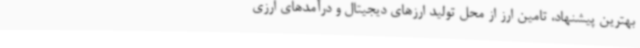
بهترین پیشنهاد، تامین ارز از محل تولید ارزهای دیجیتال و درآمدهای ارزی